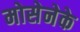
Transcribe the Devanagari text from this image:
मोसेनेके